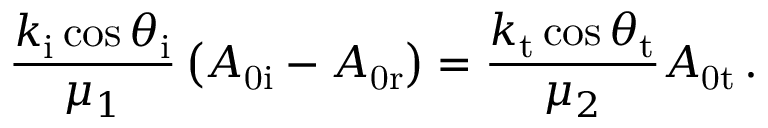
\frac { k _ { \mathrm { i } } \cos \theta _ { \mathrm { i } } } { \mu _ { 1 } } \left( A _ { \mathrm { 0 i } } - A _ { \mathrm { 0 r } } \right) = \frac { k _ { \mathrm { t } } \cos \theta _ { \mathrm { t } } } { \mu _ { 2 } } A _ { \mathrm { 0 t } } \, .